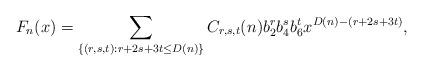
LaTeX: \begin{align*}F_{n}(x)=\sum_{\{(r,s,t):r+2s+3t\leq D(n)\}}C_{r,s,t}(n)b_{2}^{r}b_{4}^{s}b_{6}^{t}x^{D(n)-(r+2s+3t)},\end{align*}